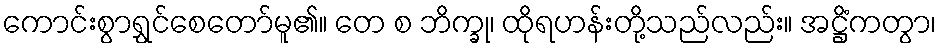
ကောင်းစွာရွှင်စေတော်မူ၏။ တေ စ ဘိက္ခု၊ ထိုရဟန်းတို့သည်လည်း။ အဋ္ဌိံကတွာ၊